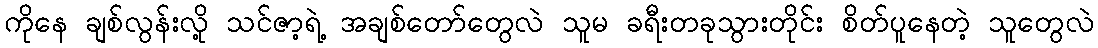
ကိုနေ ချစ်လွန်းလို့ သင်ဇာ့ရဲ့ အချစ်တော်တွေလဲ သူမ ခရီးတခုသွားတိုင်း စိတ်ပူနေတဲ့ သူတွေလဲ